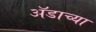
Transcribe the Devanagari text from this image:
ॲडाच्या